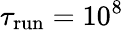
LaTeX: \tau_{\textrm{run}}=10^{8}